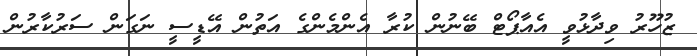
ޒުހޫރު ވިދާޅުވީ އެއާޕޯޓް ބޭނުން ކުރާ އެންމެންގެ އަތުން އޭޑީސީ ނަގަން ސަރުކާރުން